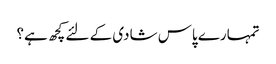
تمہارے پاس شادی کے لئے کچھ ہے؟